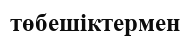
төбешіктермен